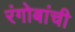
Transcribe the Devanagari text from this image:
रंगोबांची